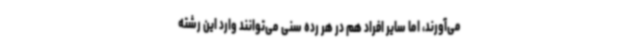
می‌آورند، اما سایر افراد هم در هر رده سنی می‌توانند وارد این رشته